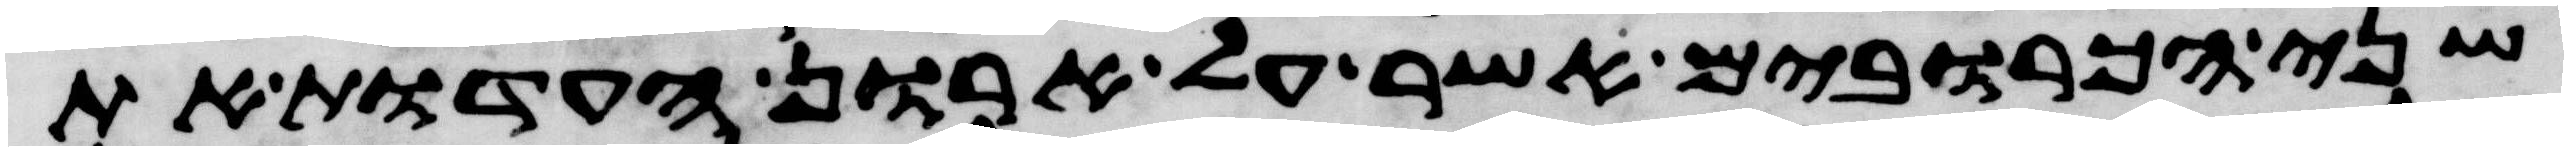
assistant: שני הכרובים אשר על ארון העדות את